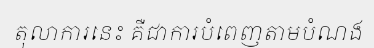
តុលាការនេះ គឺជាការបំពេញតាមបំណង